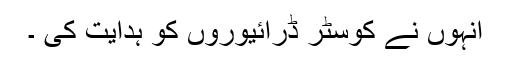
انہوں نے کوسٹر ڈرائیوروں کو ہدایت کی ۔